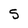
Character: S